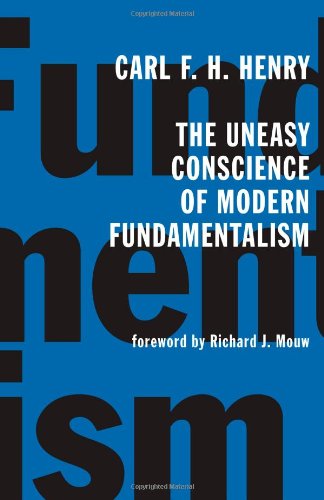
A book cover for The Uneasy Conscience of Modern Fundamentalism; Carl F. H. Henry; Christian Books & Bibles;